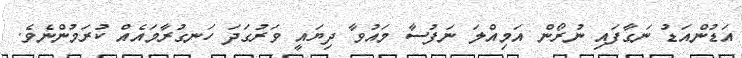
އަޑުންއަޑު ނަގާފައި ނުރޯން އަމިއްލަ ނަފުސާ މައުވާ ދިޔައީ ވަރުގަދަ ހަނގުރާމައެއް ކުރަމުންނެވެ.